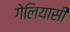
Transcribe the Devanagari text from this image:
गेलियासी